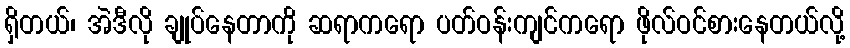
ရှိတယ်၊ အဲဒီလို ချုပ်နေတာကို ဆရာကရော ပတ်ဝန်းကျင်ကရော ဖိုလ်ဝင်စားနေတယ်လို့